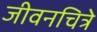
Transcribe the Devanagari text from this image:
जीवनचित्रे